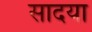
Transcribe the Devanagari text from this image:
सादया